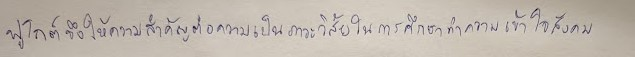
ฟูโกต์จึงให้ความสำคัญต่อความเป็นภาวะวิสัยในการศึกษาทำความเข้าใจสังคม